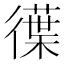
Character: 𭜆